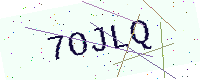
Text: 7OJLQ